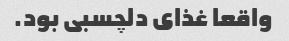
واقعا غذای دلچسبی بود.